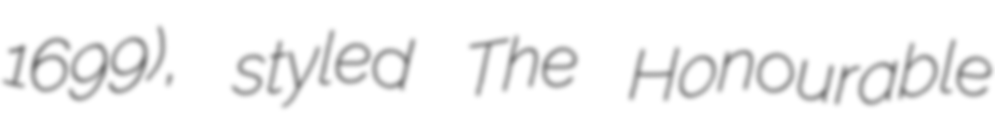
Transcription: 1699), styled The Honourable